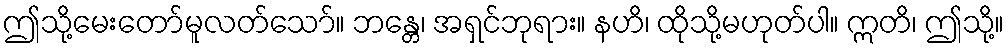
ဤသို့မေးတော်မူလတ်သော်။ ဘန္တေ၊ အရှင်ဘုရား။ နဟိ၊ ထိုသို့မဟုတ်ပါ။ ဣတိ၊ ဤသို့။